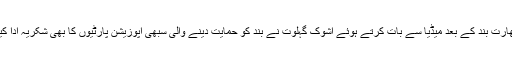
بھارت بند کے بعد میڈیا سے بات کرتے ہوئے اشوک گہلوت نے بند کو حمایت دینے والی سبھی اپوزیشن پارٹیوں کا بھی شکریہ ادا کیا۔